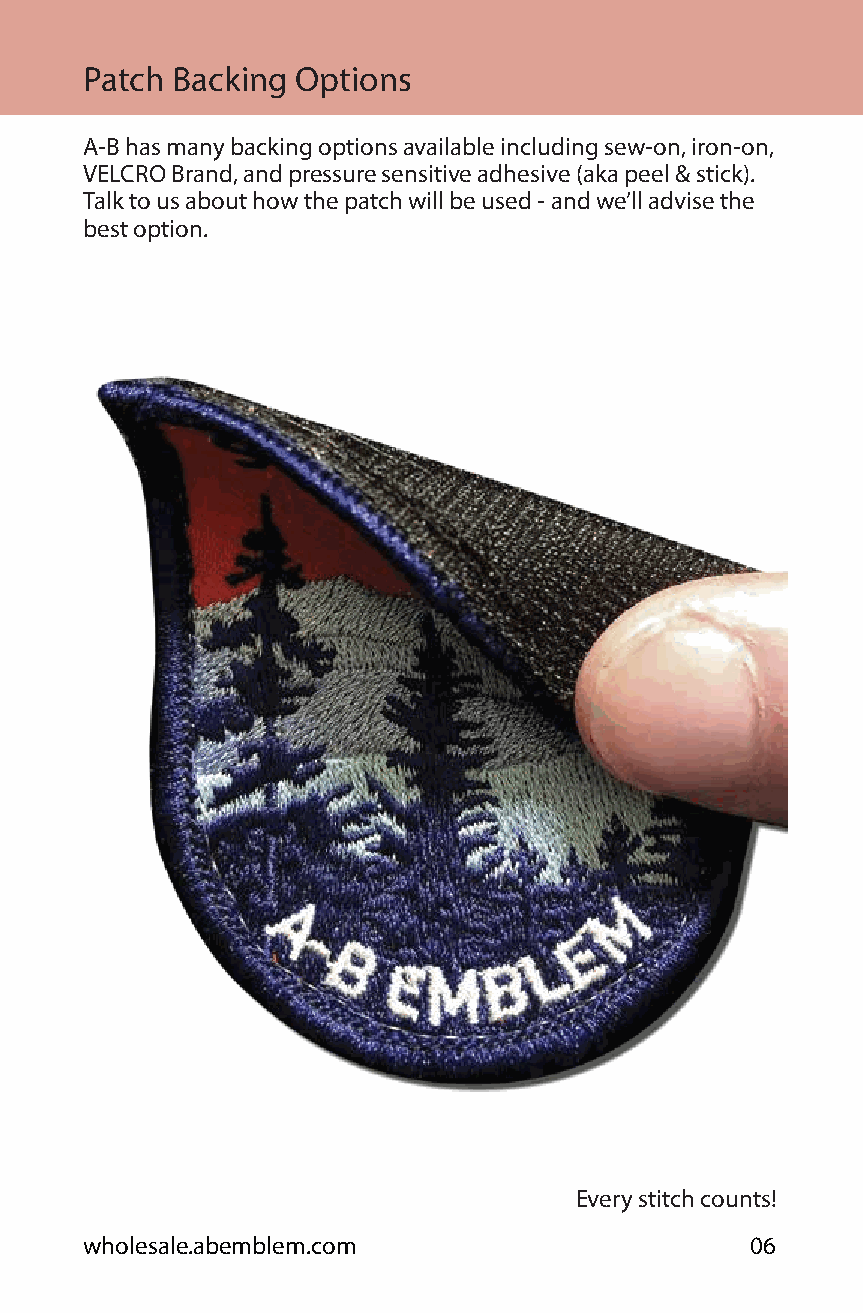
Patch Backing Options
 A-B has many backing options available including sew-on, iron-on,
 VELCRO Brand, and pressure sensitive adhesive (aka peel & stick).
 Talk to us about how the patch will be used - and we’ll advise the
 best option.
 Every stitch counts!
 wholesale.abemblem.com                      06